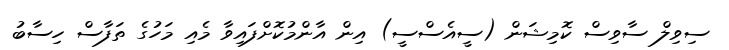
ސިވިލް ސާވިސް ކޮމިޝަން (ސީއެސްސީ) އިން އާންމުކޮށްފައިވާ މެއި މަހުގެ ތަފާސް ހިސާބު